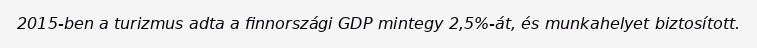
2015-ben a turizmus adta a finnországi GDP mintegy 2,5%-át, és munkahelyet biztosított.